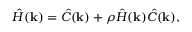
{ \hat { H } } ( \mathbf { k } ) = { \hat { C } } ( \mathbf { k } ) + \rho { \hat { H } } ( \mathbf { k } ) { \hat { C } } ( \mathbf { k } ) ,